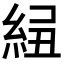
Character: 𥿲